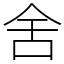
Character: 舍